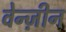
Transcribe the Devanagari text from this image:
वेन्ज़ीन